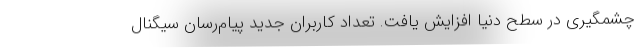
چشمگیری در سطح دنیا افزایش یافت. تعداد کاربران جدید پیام‌رسان سیگنال